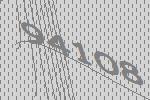
94108